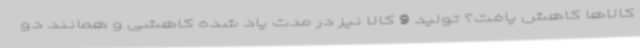
کالاها کاهش یافت؟ تولید 9 کالا نیز در مدت یاد شده کاهشی و همانند دو